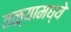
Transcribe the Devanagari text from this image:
तळ्यामध्ये